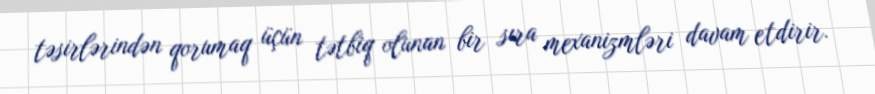
təsirlərindən qorumaq üçün tətbiq olunan bir sıra mexanizmləri davam etdirir.